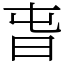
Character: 旾